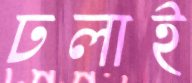
ঢলাই